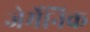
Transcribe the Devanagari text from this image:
जेर्मेनिक